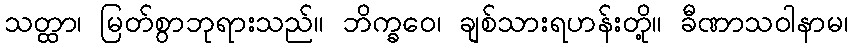
သတ္ထာ၊ မြတ်စွာဘုရားသည်။ ဘိက္ခဝေ၊ ချစ်သားရဟန်းတို့။ ခီဏာသဝါနာမ၊